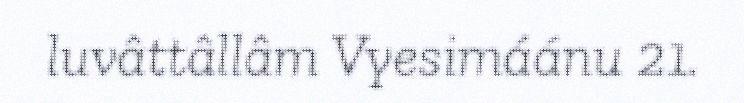
luvâttâllâm Vyesimáánu 21.